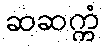
ဆဆက္ကံ